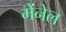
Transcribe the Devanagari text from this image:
मेंनेल